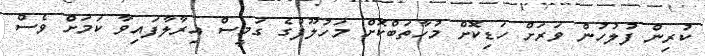
ކުރިން ފުލުހުން ވަރަށް ހަޑިކޮށް މުހާތަބްކޮށް މަހުލޫފުގެ ގަމީސް އިރާލާފައިވާ ކަމަށް ވެސް